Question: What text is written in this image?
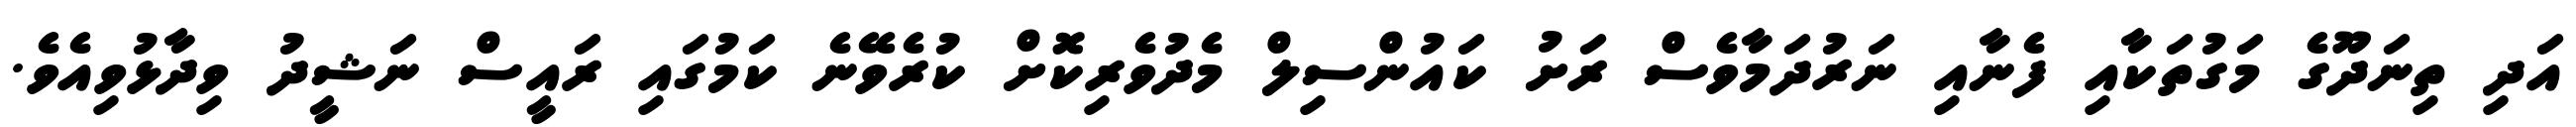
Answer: އަދި ތިނަދޫގެ މަގުތަކާއި ފެނާއި ނަރުދަމާވެސް ރަށު ކައުންސިލް މެދުވެރިކޮށް ކުރެވޭނެ ކަމުގައި ރައީސް ނަޝީދު ވިދާޅުވިއެވެ.